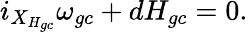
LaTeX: i_{X_{H_{gc}}}\omega_{gc}+dH_{gc}=0.